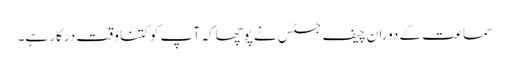
سماعت کے دوران چیف جسٹس نے پوچھا کہ آپ کو کتنا وقت درکار ہے۔